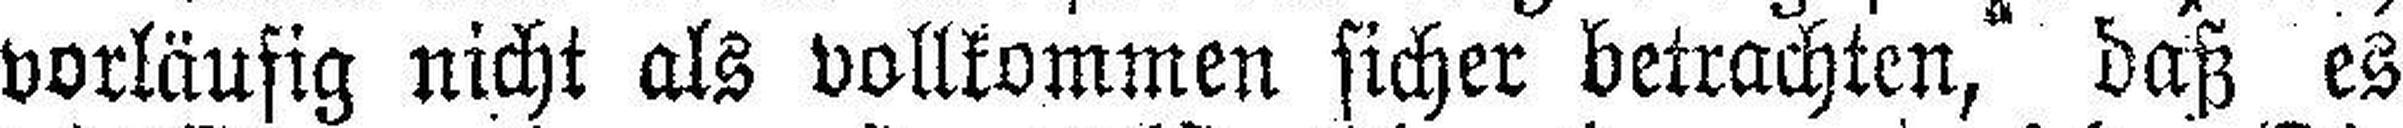
vorläufig nicht als vollkommen sicher betrachten, daß es